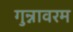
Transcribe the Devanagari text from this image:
गुन्नावरम